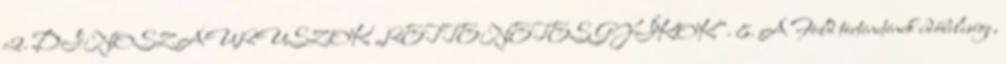
c2. DINOSZAURUSZOK „RETTENETES GYÍKOK”. 8. A Föld történetének időbelisége,